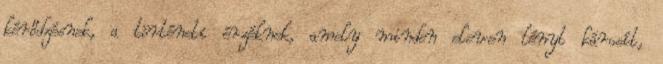
kérődzésnek, a történeti érzéknek, amely minden eleven lényt károsít,